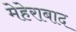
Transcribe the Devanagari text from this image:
मेहेराबाद